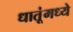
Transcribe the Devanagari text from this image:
धातूंमध्ये